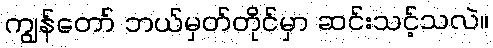
ကျွန်တော် ဘယ်မှတ်တိုင်မှာ ဆင်းသင့်သလဲ။